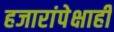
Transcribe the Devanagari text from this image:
हजारांपेक्षाही